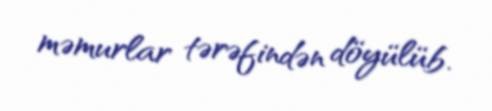
məmurlar tərəfindən döyülüb.